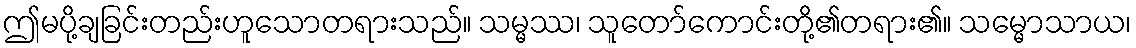
ဤမပို့ချခြင်းတည်းဟူသောတရားသည်။ သမ္မဿ၊ သူတော်ကောင်းတို့၏တရား၏။ သမ္မောသာယ၊